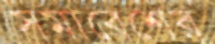
সমাবেশের